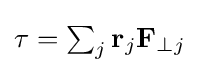
{\textstyle \tau =\sum _{j}\mathbf {r} _{j}\mathbf {F} _{\perp j}}